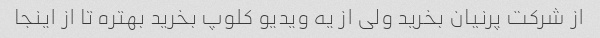
از شرکت پرنیان بخرید ولی از یه ویدیو کلوپ بخرید بهتره تا از اینجا